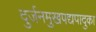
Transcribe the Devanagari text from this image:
दुर्जनमुखपद्यपादुका